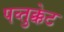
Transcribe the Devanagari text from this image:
पव्तुक्केट